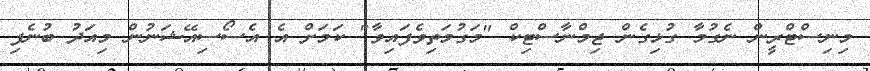
މިނިސްޓްރީން ނެގުމާ ގުޅިގެން ޖިމްނާސްޓިކް "މަގުމަތިވެފައިވާ" ކަމަށް އެ އެސޯސިއޭޝަނުން މިއަދު ބުނެފި